Report of the Indian Hemp Drugs Commission, 1894-1895 - Volume I
Year: 1894
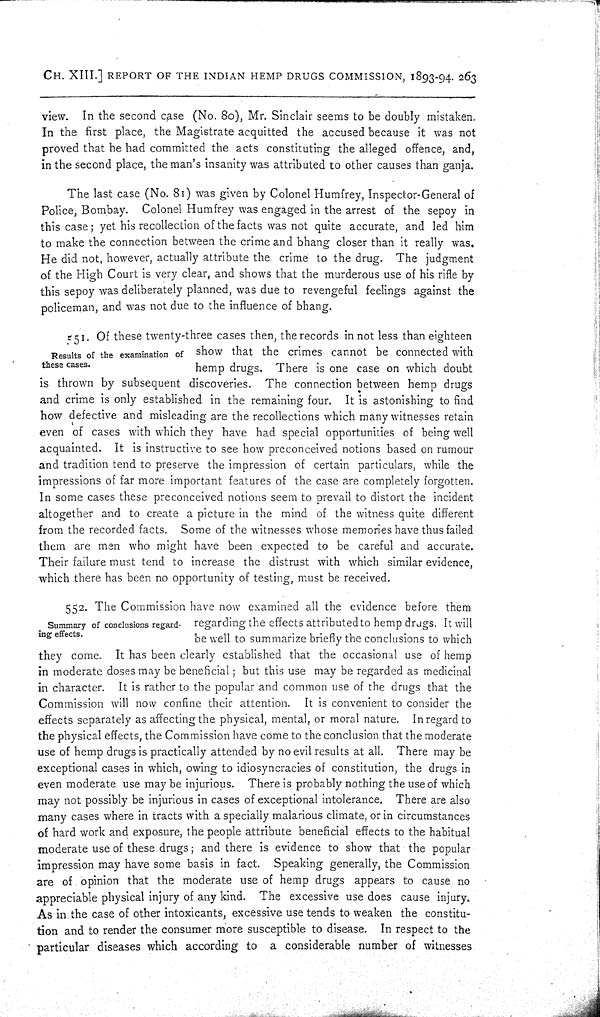
CH. XIII.] REPORT OF THE INDIAN HEMP DRUGS COMMISSION, 1893-94. 263
view. In the second case (No. 80), Mr. Sinclair seems to be doubly mistaken.
In the first place, the Magistrate acquitted the accused because it was not
proved that he had committed the acts constituting the alleged offence, and,
in the second place, the man's insanity was attributed to other causes than ganja.
The last case (No. 81) was given by Colonel Humfrey, Inspector-General of
Police, Bombay. Colonel Humfrey was engaged in the arrest of the sepoy in
this case; yet his recollection of the facts was not quite accurate, and led him
to make the connection between the crime and bhang closer than it really was.
He did not, however, actually attribute the crime to the drug. The judgment
of the High Court is very clear, and shows that the murderous use of his rifle by
this sepoy was deliberately planned, was due to revengeful feelings against the
policeman, and was not due to the influence of bhang.
Results of the examination of
these cases.
551. Of these twenty-three cases then, the records in not less than eighteen
show that the crimes cannot be connected with
hemp drugs. There is one case on which doubt
is thrown by subsequent discoveries. The connection between hemp drugs
and crime is only established in the remaining four. It is astonishing to find
how defective and misleading are the recollections which many witnesses retain
even of cases with which they have had special opportunities of being well
acquainted. It is instructive to see how preconceived notions based on rumour
and tradition tend to preserve the impression of certain particulars, while the
impressions of far more important features of the case are completely forgotten.
In some cases these preconceived notions seem to prevail to distort the incident
altogether and to create a picture in the mind of the witness quite different
from the recorded facts. Some of the witnesses whose memories have thus failed
them are men who might have been expected to be careful and accurate.
Their failure must tend to increase the distrust with which similar evidence,
which there has been no opportunity of testing, must be received.
Summary of conclusions regard-
ing effects.
552. The Commission have now examined all the evidence before them
regarding the effects attributed to hemp drugs. It will
be well to summarize briefly the conclusions to which
they come. It has been clearly established that the occasional use of hemp
in moderate doses may be beneficial; but this use may be regarded as medicinal
in character. It is rather to the popular and common use of the drugs that the
Commission will now confine their attention. It is convenient to consider the
effects separately as affecting the physical, mental, or moral nature. In regard to
the physical effects, the Commission have come to the conclusion that the moderate
use of hemp drugs is practically attended by no evil results at all. There may be
exceptional cases in which, owing to idiosyncracies of constitution, the drugs in
even moderate use may be injurious. There is probably nothing the use of which
may not possibly be injurious in cases of exceptional intolerance. There are also
many cases where in tracts with a specially malarious climate, or in circumstances
of hard work and exposure, the people attribute beneficial effects to the habitual
moderate use of these drugs; and there is evidence to show that the popular
impression may have some basis in fact. Speaking generally, the Commission
are of opinion that the moderate use of hemp drugs appears to cause no
appreciable physical injury of any kind. The excessive use does cause injury.
As in the case of other intoxicants, excessive use tends to weaken the constitu-
tion and to render the consumer more susceptible to disease. In respect to the
particular diseases which according to a considerable number of witnesses